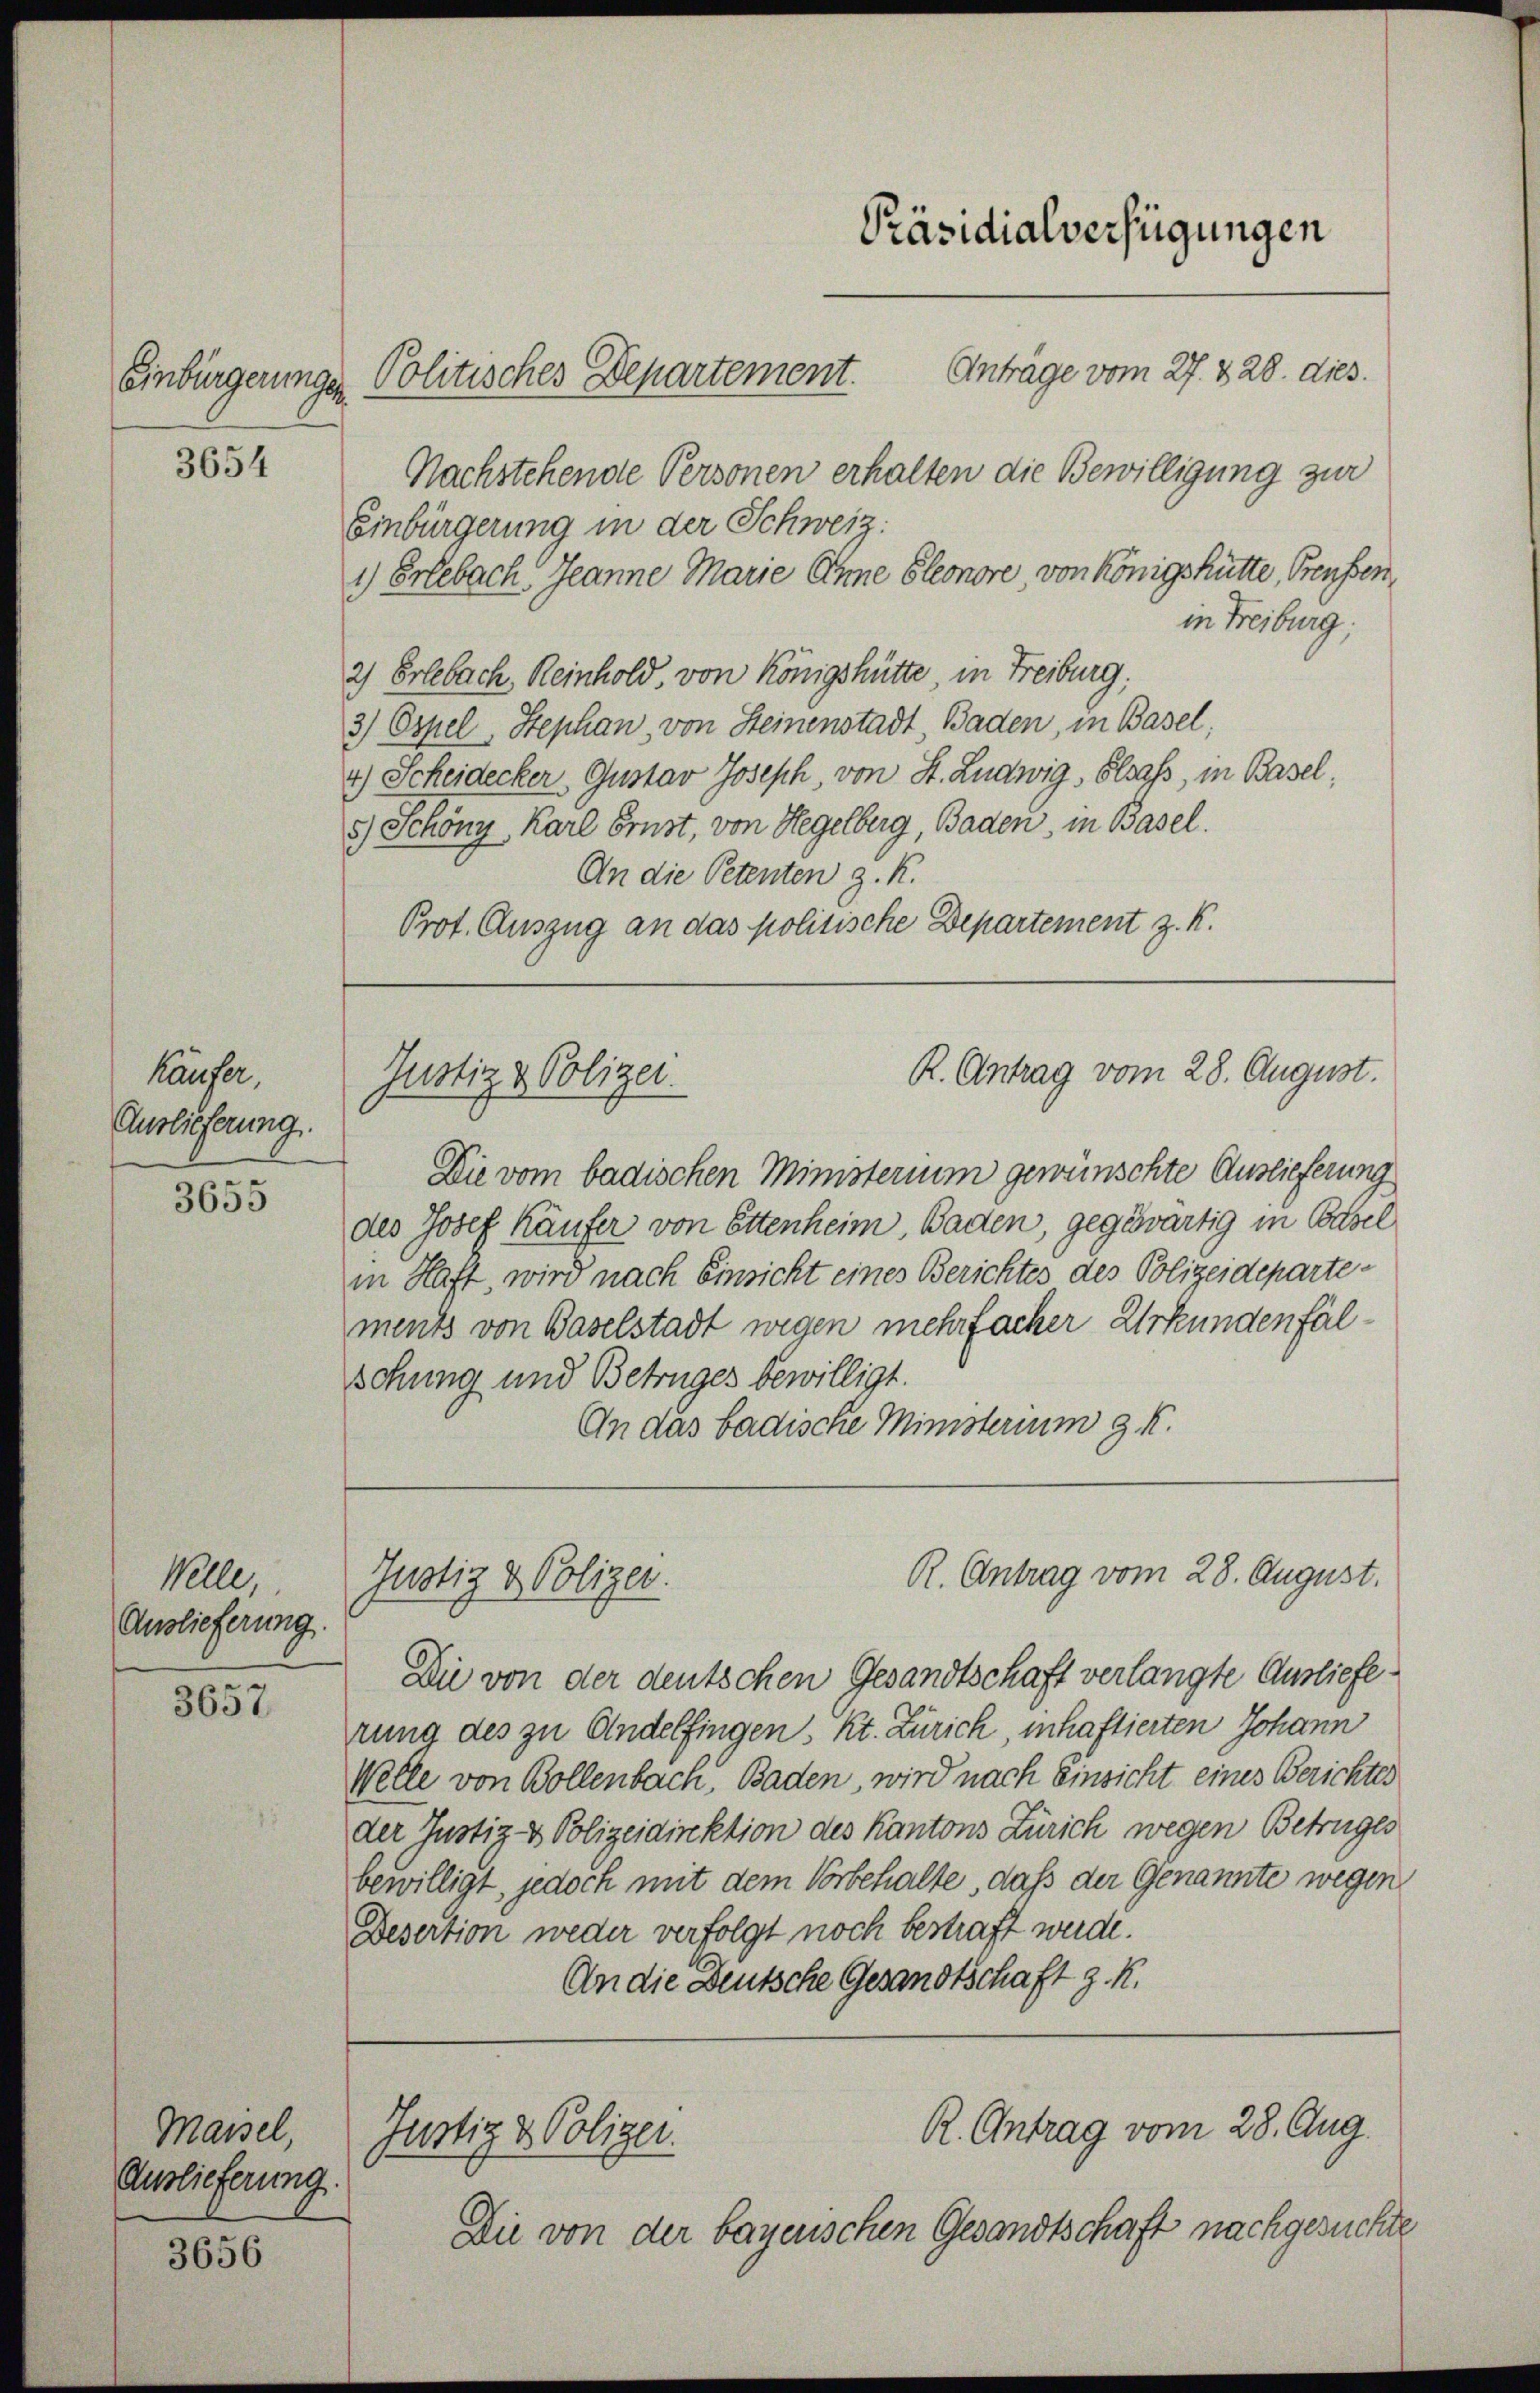
3654

Käufer,
Auslieferung.

3655

Welle,
Auslieferung.

3657.

Maisel,
Auslieferung.

3656

Antrage vom 27. 828. dies.
Einbürgerungen Politisches Departement.
Nachstehende Personen erhalten die Bewilligung zur
Einbürgerung in der Schweiz
1) Erlebach Jeanne Marie Anne Eleonore von Königshütte, Preussen,
in Freiburg;
2) Erlebach, Reinhold, von Königshütte in Freiburg,
3) Ospel. Stephan, von Steinenstadt, Baden, in Basel,
4.) Scheidecker, Gustav Joseph, von St. Ludwig, Elsass, in Basel,
5.) Schöny, Karl Ernst, von Hegelberg, Baden, in Basel.
An die Petenten z. K.
Prot. Auszug an das politische Departement z. K.

Die vom badischen Ministerium gewünschte Auslieferung
des Josef Käufer von Ettenheim, Baden, gegewärtig in Basel
in Haft, wird nach Einsicht eines Berichtes des Polizeidepartements von Baselstadt wegen mehrfacher Urkundenfälschung und Betruges bewilligt.
An das badische Ministerium g. K.

Präsidialverfügungen

R. Antrag vom 28. August.
Justiz & Polizei.

Justiz & Polizei.

Justiz & Polizer.

Die von der deutschen Gesandtschaft verlangte Auslieferung des zu Andelfingen, Kt. Zürich, inhaftierten Johann
Welle von Bollenbach, Baden, wird nach Einsicht eines Berichtes
der Justiz- & Polizeidirektion des Kantons Zürich wegen Betruges
bewilligt, jedoch mit dem Vorbehalte, daß der Genannte wegen
Desertion weder verfolgt noch bestraft werde.
An die Deutsche Gesandtschaft z. K.

R. Antrag vom 28. August.

Die von der bayerischen Gesandtschaft nachgesuchte

R. Antrag vom 28. Aug.